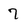
Character: 7